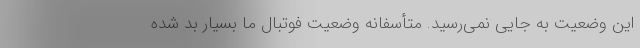
این وضعیت به جایی نمی‌رسید. متأسفانه وضعیت فوتبال ما بسیار بد شده